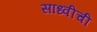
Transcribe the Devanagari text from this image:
साध्वीची